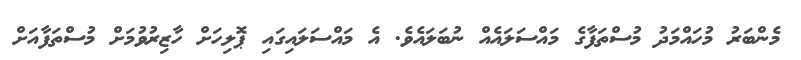
މެންބަރު މުހައްމަދު މުސްތަފާގެ މައްސަލައެއް ނުބަލައެވެ. އެ މައްސަލައިގައި ޕޮލިހަށް ހާޒިރުވުމަށް މުސްތަފާއަށް